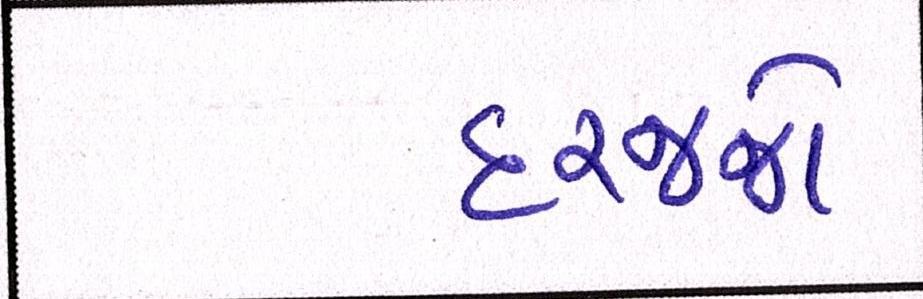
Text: દરજ્જો